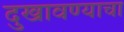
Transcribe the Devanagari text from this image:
दुखावण्याचा